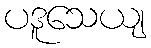
ပဒူသေယျ